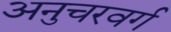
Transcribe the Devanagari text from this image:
अनुचरवर्ग